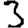
Digit: 3